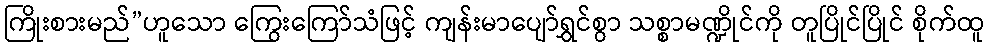
ကြိုးစားမည်”ဟူသော ကြွေးကြော်သံဖြင့် ကျန်းမာပျော်ရွှင်စွာ သစ္စာမဏ္ဍိုင်ကို တူပြိုင်ပြိုင် စိုက်ထူ